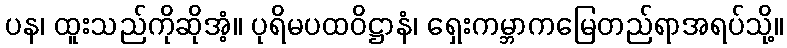
ပန၊ ထူးသည်ကိုဆိုအံ့။ ပုရိမပထဝိဋ္ဌာနံ၊ ရှေးကမ္ဘာကမြေတည်ရာအရပ်သို့။